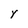
Character: Y